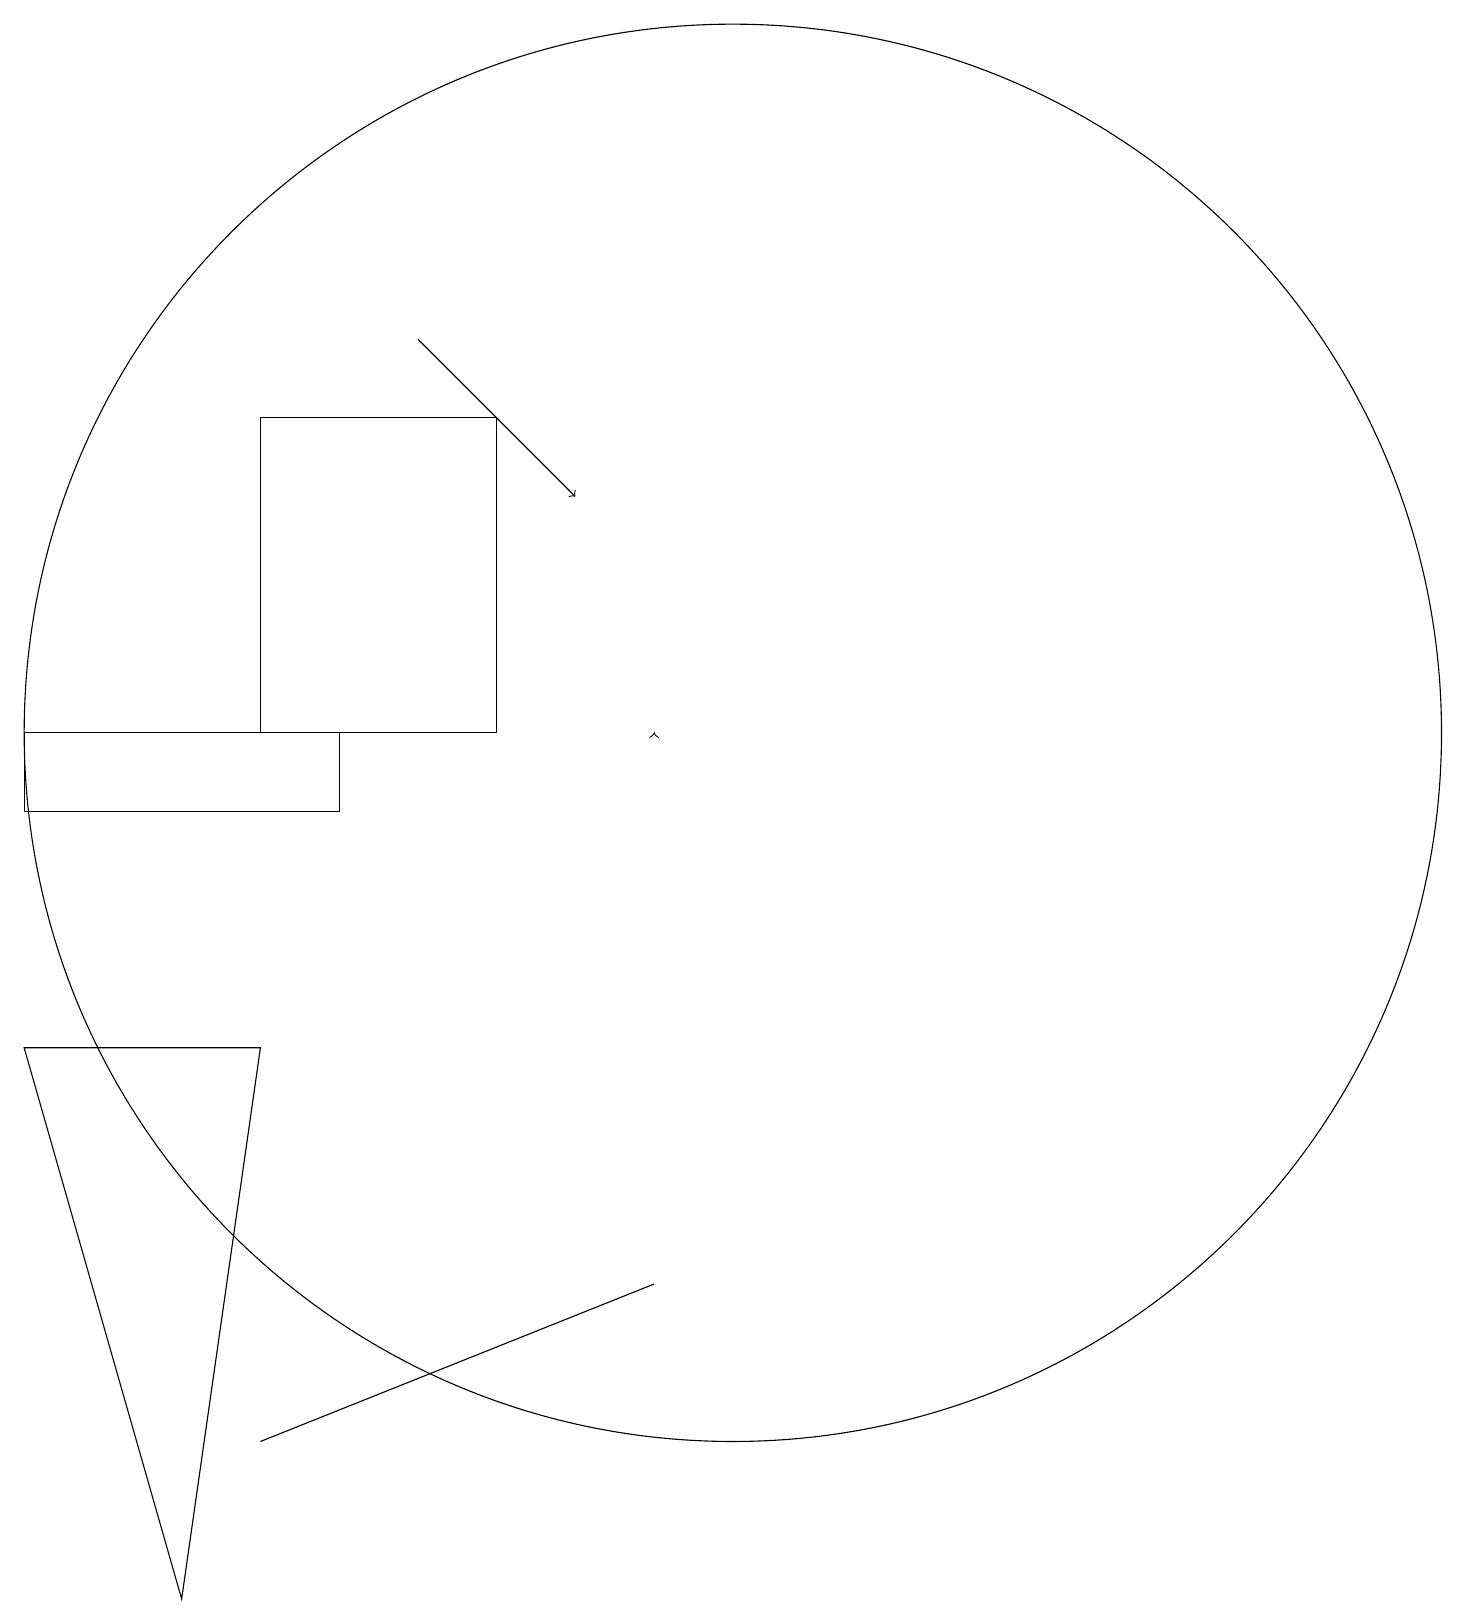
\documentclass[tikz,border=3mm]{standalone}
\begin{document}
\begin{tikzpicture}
\draw (7,11) rectangle (4,15);
\draw (5,11) rectangle (1,10);
\draw (10,11) circle (9);
\draw[->] (6,16) -- (8,14);
\draw[->] (9,11) -- (9,11);
\draw (9,4) -- (4,2) -- (9,4) -- cycle;
\draw (4,7) -- (3,0) -- (1,7) -- cycle;
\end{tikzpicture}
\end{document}